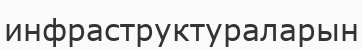
инфраструктураларын